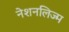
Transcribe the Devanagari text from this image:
नेशनलिज्म